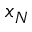
x _ { N }